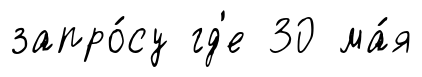
запро́су гд'е 30 ма́я